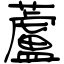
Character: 蘆